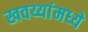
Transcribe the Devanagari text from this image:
खवय्यांमध्ये